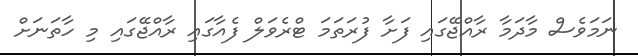
ނަމަވެސް މާދަމާ ރާއްޖޭގައި ފަށާ ފުރަތަމަ ޓްރެވަލް ފެއާގައި ރާއްޖޭގައި މި ހާތަނަށް